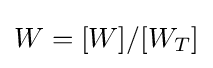
W=[W]/[W_{T}]